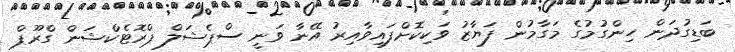
ބަޑިގުދަން ހިންގުމުގެ މަގާމުން ފަޔާޒު ވަކިކޮށްފައިވާއިރު އޭނާ ވަނީ ސްޕެޝަލް ޕްރޮޓެކްޝަން ގްރޫޕް